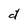
Character: d